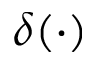
\delta ( \cdot )